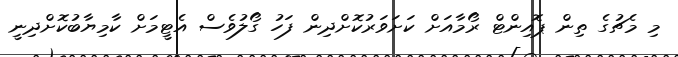
މި މެޗުގެ ތިން ޕޮއިންޓް ރޯމާއަށް ކަށަވަރުކޮށްދިން ފަހު ގޯލުވެސް އެޓީމަށް ކާމިޔާބުކޮށްދިނީ